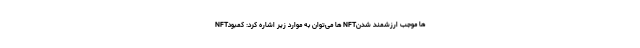
NFTها می‌توان به موارد زیر اشاره کرد: کمبود NFTها موجب ارزشمند شدن